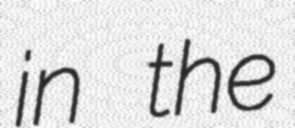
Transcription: in the